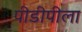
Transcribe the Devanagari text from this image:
पीडीपीला